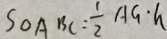
S _ { \Delta A B C } = \frac { 1 } { 2 } A G \cdot h